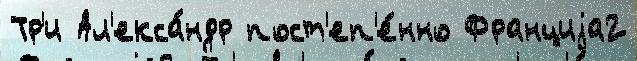
Тр'и Ал'екса́ндр пост'еп'е́нно Франциjа2